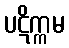
ပဋိက္ကမ